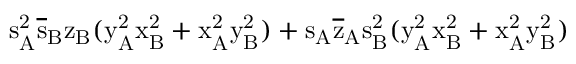
\mathrm { s _ { A } ^ { 2 } \mathrm { \overline { { s } } _ { B } \mathrm { z _ { B } ( \mathrm { y _ { A } ^ { 2 } \mathrm { x _ { B } ^ { 2 } + \mathrm { x _ { A } ^ { 2 } \mathrm { y _ { B } ^ { 2 } ) + \mathrm { s _ { A } \mathrm { \overline { { z } } _ { A } \mathrm { s _ { B } ^ { 2 } ( \mathrm { y _ { A } ^ { 2 } \mathrm { x _ { B } ^ { 2 } + \mathrm { x _ { A } ^ { 2 } \mathrm { y _ { B } ^ { 2 } ) } } } } } } } } } } } } } }